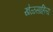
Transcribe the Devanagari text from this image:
खेळसाहित्य